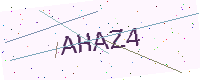
Text: AHAZ4